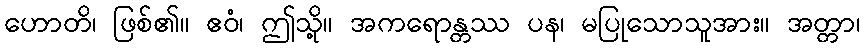
ဟောတိ၊ ဖြစ်၏။ ဧဝံ၊ ဤသို့။ အကရောန္တဿ ပန၊ မပြုသောသူအား။ အတ္တာ၊